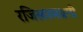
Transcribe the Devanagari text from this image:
रजिस्‍टरमधली